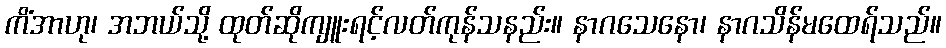
ကိံအာဟု၊ အဘယ်သို့ ထုတ်ဆိုကျူးရင့်လတ်ကုန်သနည်း။ နာဂသေနော၊ နာဂသိန်မထေရ်သည်။